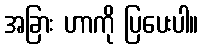
အခြား ဟာကို ပြပေးပါ။